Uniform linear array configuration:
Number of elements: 16
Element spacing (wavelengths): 1
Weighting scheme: cosine
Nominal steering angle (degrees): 30
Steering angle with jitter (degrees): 29.891
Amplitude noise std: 0.05
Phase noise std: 0.05

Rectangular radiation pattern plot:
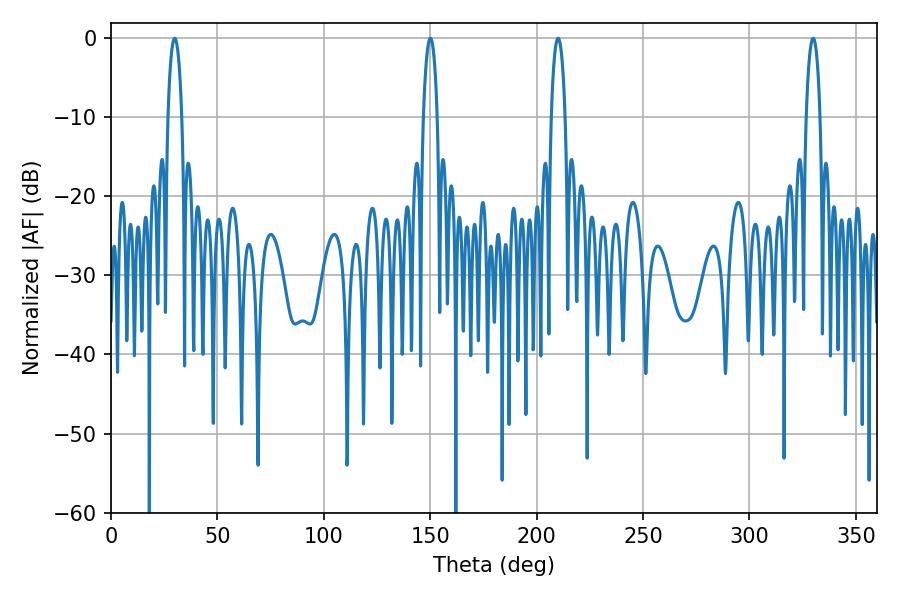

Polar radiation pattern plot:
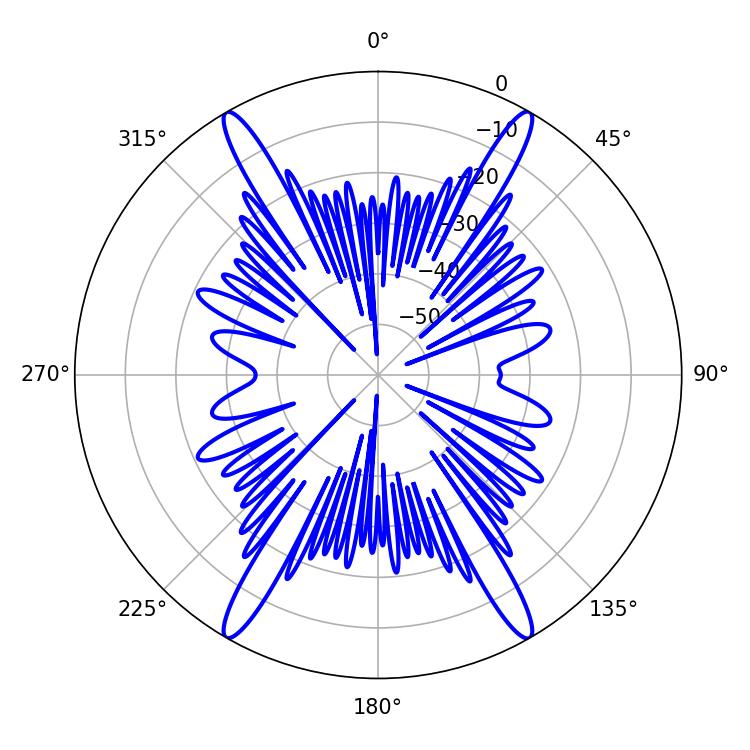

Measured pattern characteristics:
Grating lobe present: TRUE
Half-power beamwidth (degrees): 3.6
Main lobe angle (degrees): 210.06